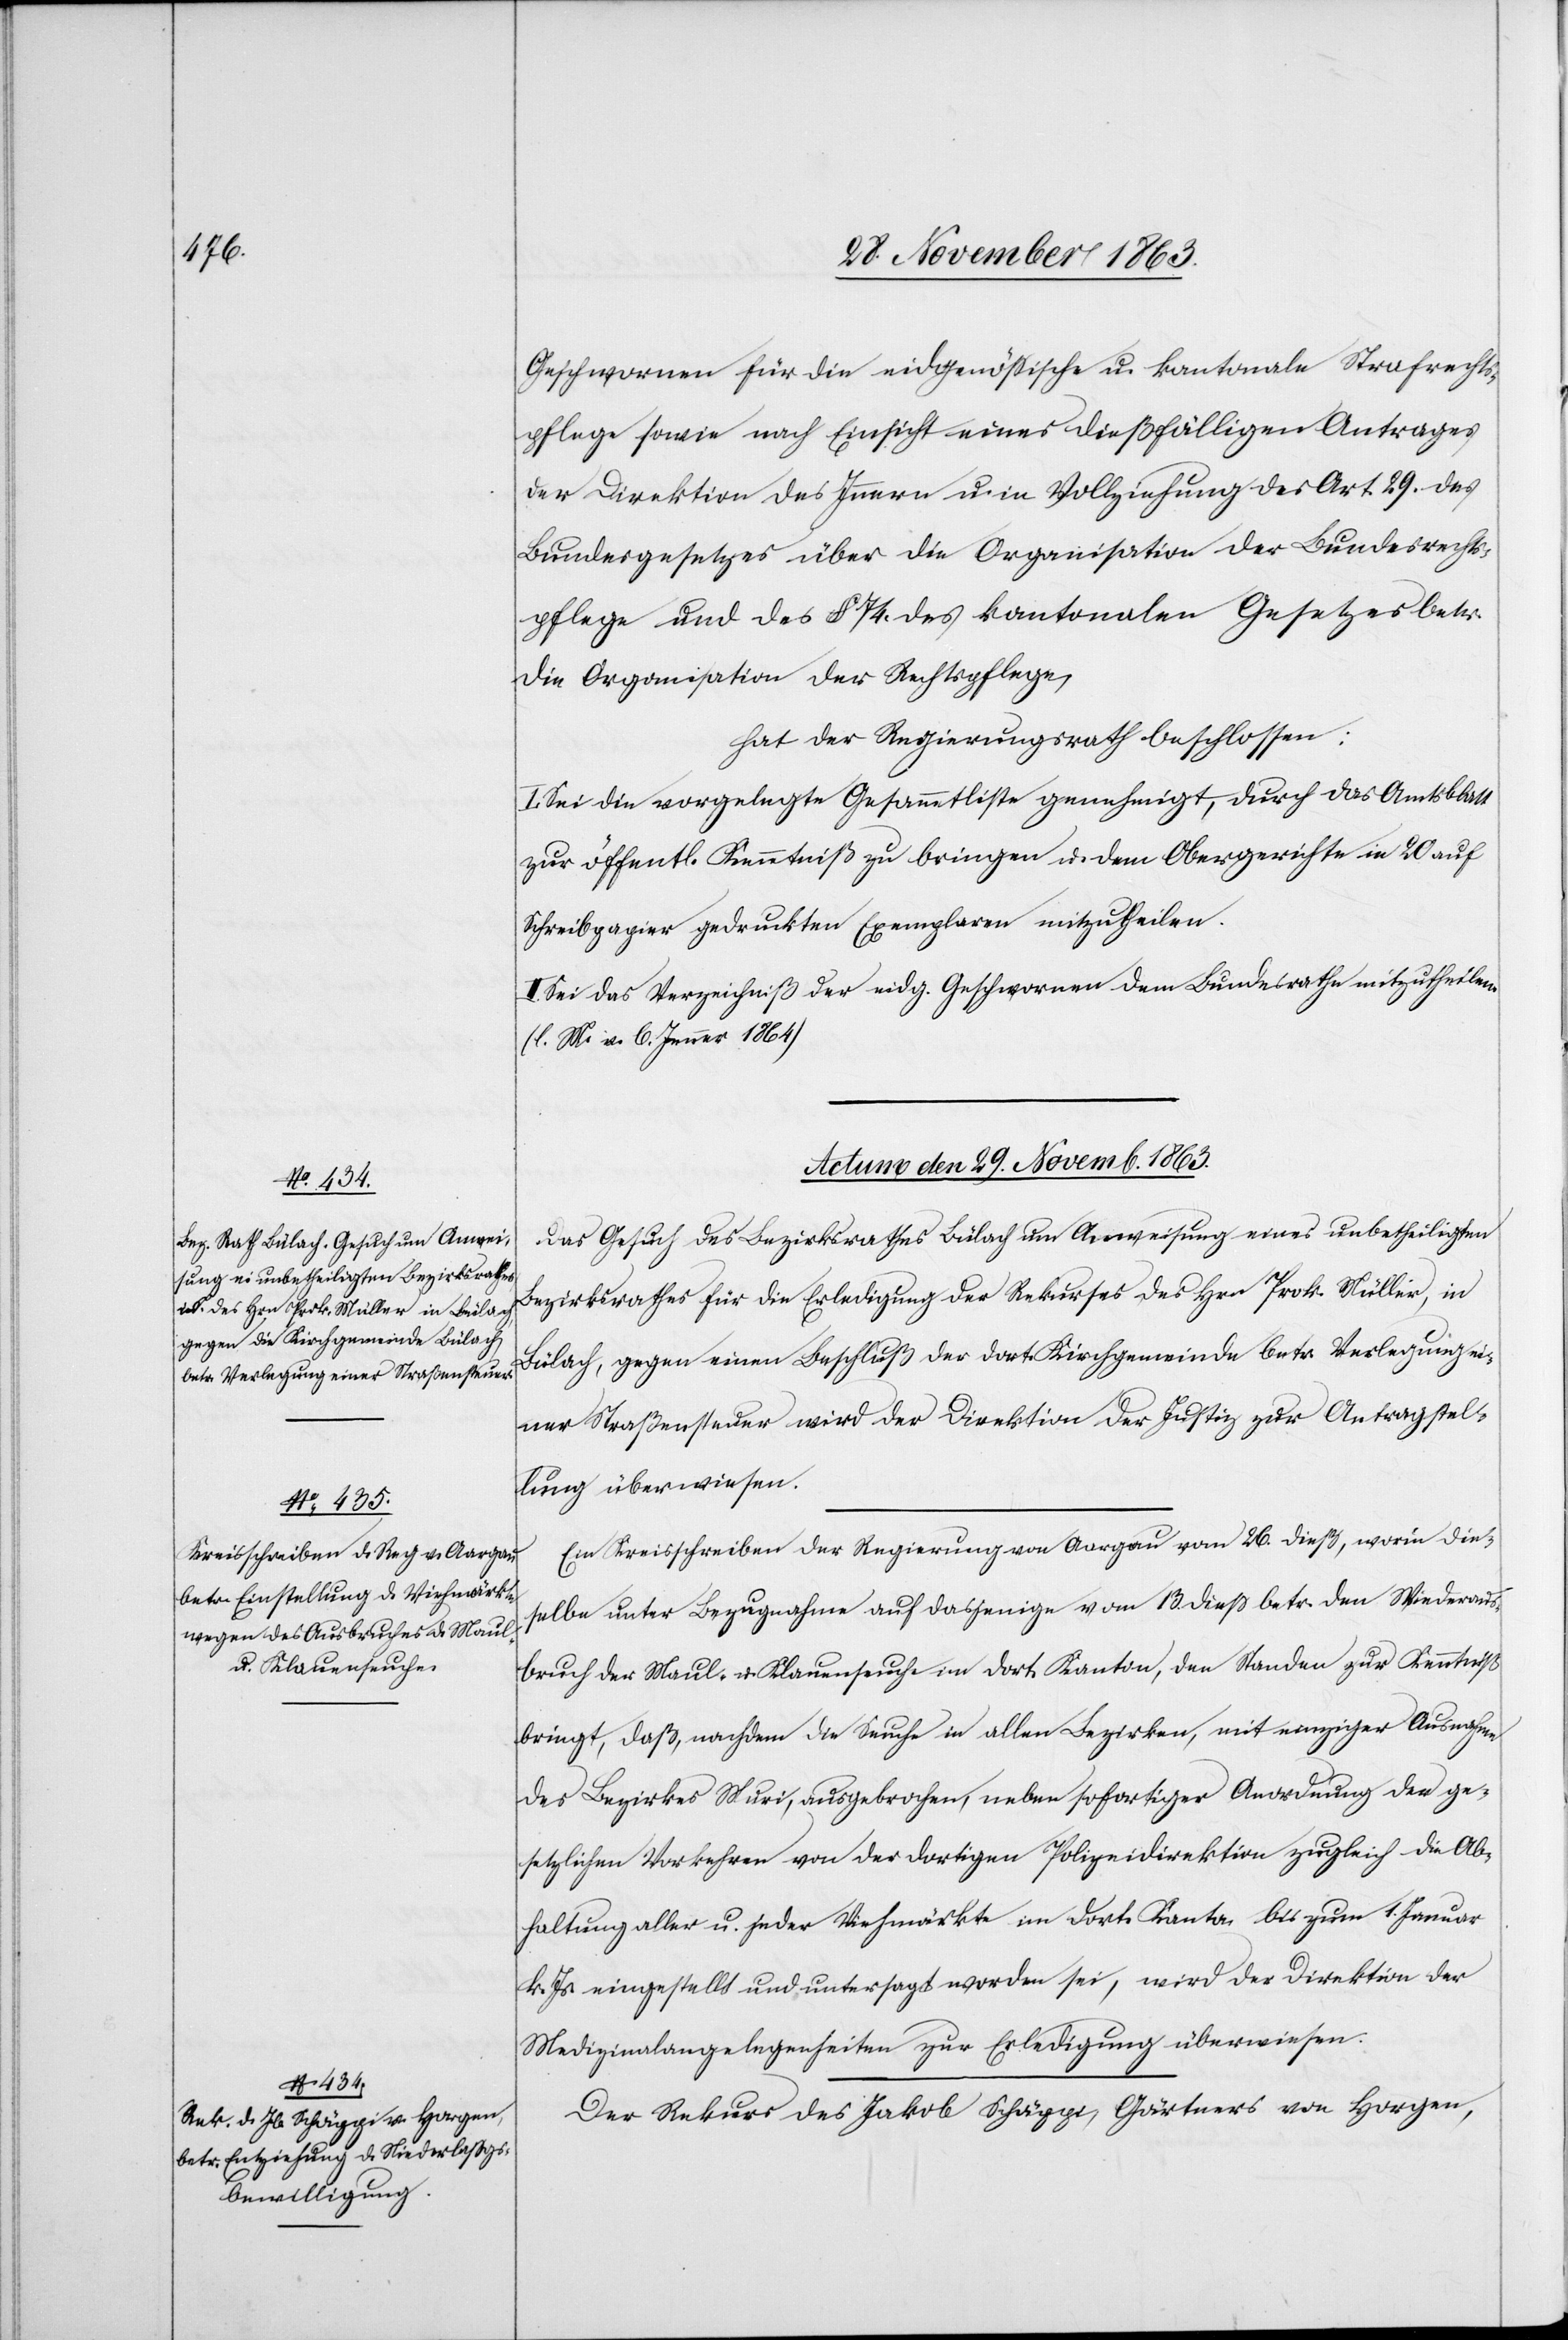
Geschwornen für die eidgenössische u. kantonale Strafrechts¬
pflege sowie nach Einsicht eines dießfälligen Antrages
der Direktion des Innern u. in Vollziehung des Art. 29. des
Bundesgesetzes über die Organisation der Bundesrechts¬
pflege und des § 74. des kantonalen Gesetzes betr.
die Organisation der Rechtspflege,
hat der Regierungsrath beschlossen:
Sei die vorgelegte Gesammtliste genehmigt, durch das Amtsblatt
zur öffentl. Kenntniß zu bringen u. dem Obergerichte in 20 auf
Schreibpapier gedruckten Exemplaren mitzutheilen.
Sei das Verzeichniß der eidg. Geschwornen dem Bundesrathe mitzutheilen.
(l. M. v. 6. Jenner 1864)
Actum den 29. Novemb. 1863.]
Das Gesuch des Bezirksrathes Bülach um Anweisung eines unbetheiligten
Bezirksrathes für die Erledigung des Rekurses des Hrn Prok. Müller, in
Bülach, gegen einen Beschluß der dort. Kirchgemeinde betr. Verlegung ei¬
ner Straßensteuer wird der Direktion der Justiz zur Antragstel¬
lung überwiesen.
Ein Kreisschreiben der Regierung von Aargau vom 26. dieß, worin die¬
selbe unter Bezugnahme auf dasjenige vom 13. diess betr. den Wiederaus¬
bruch der Maul- u. Klauenseuche im dort. Kanton, den Standen [sic!] zur Kenntniß
bringt, daß, nachdem die Seuche in allen Bezirken, mit einziger Ausnahme
des Bezirkes Muri, ausgebrochen, neben sofortiger Anordnung der ge¬
setzlichen Vorkehren von der dortigen Polizeidirektion zugleich die Ab¬
haltung aller u. jeder Viehmärkte im dort. Kanton bis zum 1. Januar
k. Js. eingestellt und untersagt worden sei, wird der Direktion der
Medizinalangelegenheiten zur Erledigung überwiesen.
Der Rekurs des Jakob Schäppi, Gärtners von Horgen,